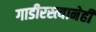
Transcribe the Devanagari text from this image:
गाडीरस्त्यानेही